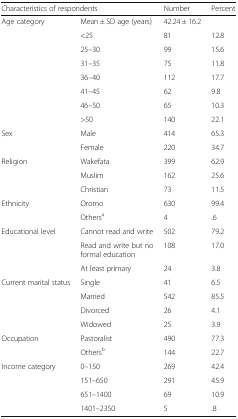
| <COLSPAN=2> Characteristics of respondents | Number | Percent |
 | --- | --- | --- | --- |
 | <ROWSPAN=8> Age category | Mean ± SD age (years) | 42.24 ± 16.2 |  |
 | <25 | 81 | 12.8 |
 | 25–30 | 99 | 15.6 |
 | 31–35 | 75 | 11.8 |
 | 36–40 | 112 | 17.7 |
 | 41–45 | 62 | 9.8 |
 | 46–50 | 65 | 10.3 |
 | >50 | 140 | 22.1 |
 | <ROWSPAN=2> Sex | Male | 414 | 65.3 |
 | Female | 220 | 34.7 |
 | <ROWSPAN=3> Religion | Wakefata | 399 | 62.9 |
 | Muslim | 162 | 25.6 |
 | Christian | 73 | 11.5 |
 | <ROWSPAN=2> Ethnicity | Oromo | 630 | 99.4 |
 | Othersa | 4 | .6 |
 | <ROWSPAN=3> Educational level | Cannot read and write | 502 | 79.2 |
 | Read and write but no formal education | 108 | 17.0 |
 | At least primary | 24 | 3.8 |
 | <ROWSPAN=4> Current marital status | Single | 41 | 6.5 |
 | Married | 542 | 85.5 |
 | Divorced | 26 | 4.1 |
 | Widowed | 25 | 3.9 |
 | <ROWSPAN=2> Occupation | Pastoralist | 490 | 77.3 |
 | Othersb | 144 | 22.7 |
 | <ROWSPAN=4> Income category | 0–150 | 269 | 42.4 |
 | 151–650 | 291 | 45.9 |
 | 651–1400 | 69 | 10.9 |
 | 1401–2350 | 5 | .8 |